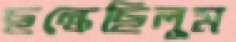
ছল্‌কেছিলুম